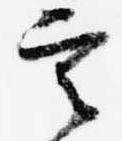
言